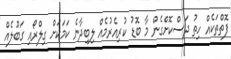
ފޮތްތަކެއް ހިތު ދަސްކޮށްގެން މާ ބޮޑު ކުރިއެރުމެއް ލިބިދާނެ ކަމަކަށް ގިލްރޯއި ގަބޫލެއް